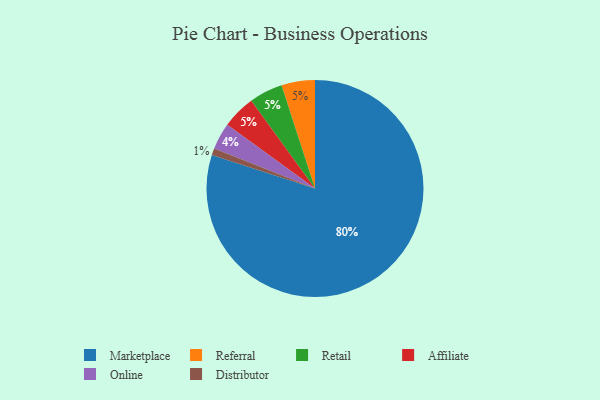
{"axis": {"x": "Category", "y": "Percentage"}, "legend": ["Affiliate", "Distributor", "Marketplace", "Online", "Referral", "Retail"], "data": [{"x": "Referral", "y": 5, "type": "Referral"}, {"x": "Marketplace", "y": 80, "type": "Marketplace"}, {"x": "Retail", "y": 5, "type": "Retail"}, {"x": "Online", "y": 4, "type": "Online"}, {"x": "Distributor", "y": 1, "type": "Distributor"}, {"x": "Affiliate", "y": 5, "type": "Affiliate"}]}